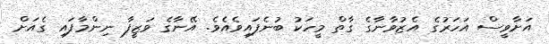
އަށާވީސް އަހަރުގެ އެޒުވާނާގެ ގާތް މީހަކު ބުނެފައިވެއެވެ. އޭނާގެ ވަޒީފާ ނިންމާފައި ގެއަށް